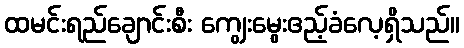
ထမင်းရည်ချောင်းစီး ကျွေးမွေးဧည့်ခံလေ့ရှိသည်။